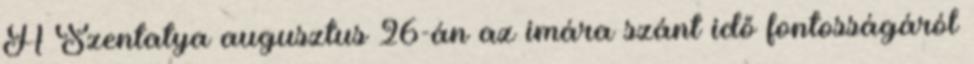
A Szentatya augusztus 26-án az imára szánt idő fontosságáról